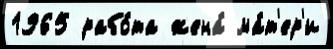
1965 рабо́та жена́ ма́т'ер'и